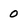
Character: 0